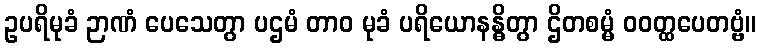
ဥပရိမုခံ ဉာဏံ ပေသေတွာ ပဌမံ တာဝ မုခံ ပရိယောနန္ဓိတွာ ဌိတစမ္မံ ဝဝတ္ထပေတဗ္ဗံ။